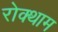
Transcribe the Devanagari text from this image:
रोक्थाम